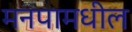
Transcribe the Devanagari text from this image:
मनपामधील